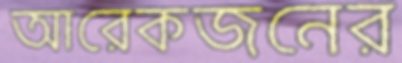
আরেকজনের